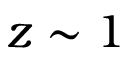
z \sim 1